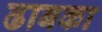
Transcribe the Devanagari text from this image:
ढाबका